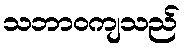
သဘာဝကျသည်